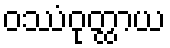
ဝဿံဝုတ္ထာယ